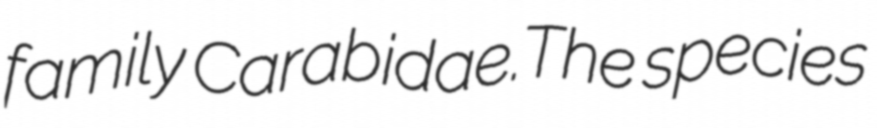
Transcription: family Carabidae.The species